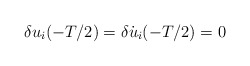
\begin{align*}\delta u_i(-T/2) = \delta \dot u_i(-T/2) = 0\end{align*}